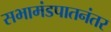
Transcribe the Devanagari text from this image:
सभामंडपातनंतर